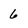
Character: 6